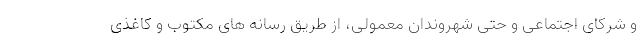
و شرکای اجتماعی و حتی شهروندان معمولی، از طریق رسانه های مکتوب و کاغذی